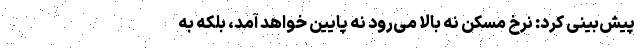
پیش‌بینی کرد: نرخ مسکن نه بالا می‌رود نه پایین خواهد آمد، بلکه به